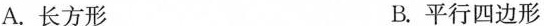
A.长方形 B.平行四边形